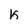
Character: k